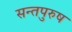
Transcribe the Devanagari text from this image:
सन्तपुरुष